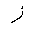
Letter: _zay